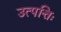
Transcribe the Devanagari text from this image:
उत्पत्तिः